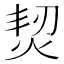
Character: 𤉟